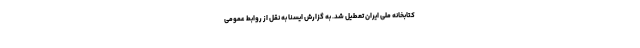
کتابخانه ملی ایران تعطیل شد. به گزارش ایسنا به نقل از روابط عمومی